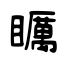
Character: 矋